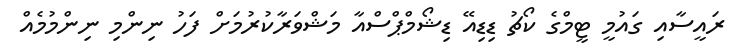
ރައީސާއި ގައުމީ ޓީމްގެ ކޯޗު ޑިޑިއޭ ޑިޝޯމްޕްސްއާ މަޝްވަރާކުރުމަށް ފަހު ނިންމި ނިންމުމެއް